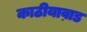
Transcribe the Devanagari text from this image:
काठीयाव़ाड